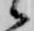
候